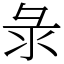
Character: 彔